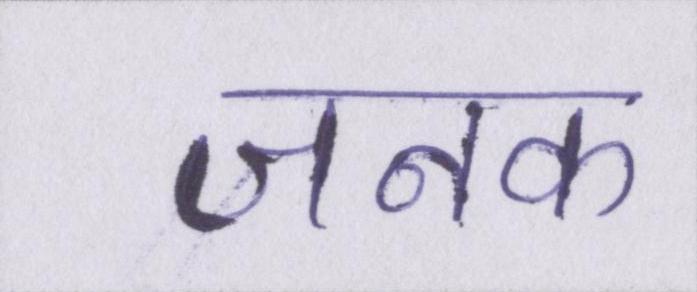
जनक